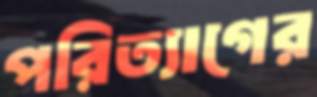
পরিত্যাগের